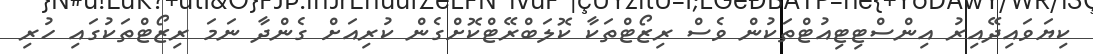
ކިޔަވައިދޭއިރު އިންސްޓިޓިއުޓްތަކުން ވެސް ރިޒޯޓްތަކާ ކޮލަބްރޭޓްކޮށްގެން ކުރިއަށް ގެންދާ ނަމަ ރިޒޯޓްތަކުގައި ހުރި